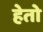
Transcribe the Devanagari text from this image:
हेतो